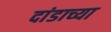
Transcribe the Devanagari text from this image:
दांडाच्या